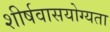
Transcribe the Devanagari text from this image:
शीर्षवासयोग्यता